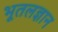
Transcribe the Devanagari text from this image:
भूतलज्ञान